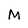
Character: M